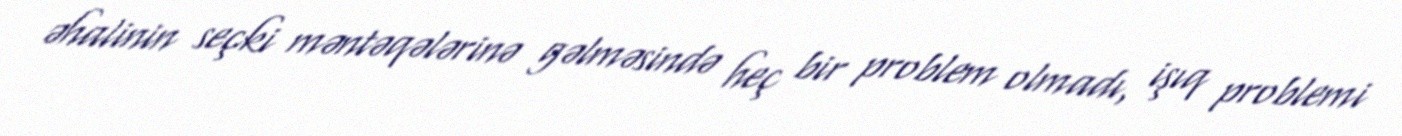
əhalinin seçki məntəqələrinə gəlməsində heç bir problem olmadı, işıq problemi